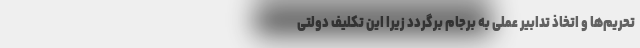
تحریم‌ها و اتخاذ تدابیر عملی به برجام برگردد زیرا این تکلیف دولتی